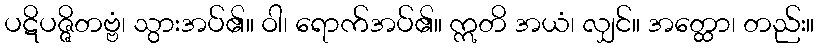
ပဋိပဇ္ဇိတဗ္ဗံ၊ သွားအပ်၏။ ဝါ၊ ရောက်အပ်၏။ ဣတိ အယံ၊ လျှင်။ အတ္ထော၊ တည်း။